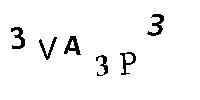
3VA3P3